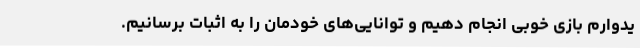
یدوارم بازی خوبی انجام دهیم و توانایی‌های خودمان را به اثبات برسانیم.